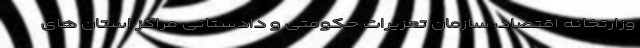
وزارتخانه اقتصاد، سازمان تعزیرات حکومتی و دادستانی مراکز استان های